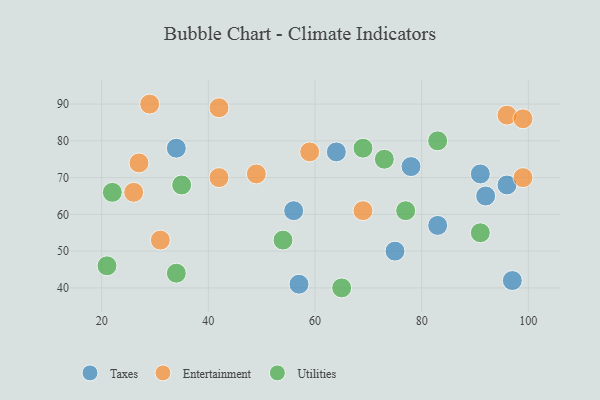
{"axis": {"x": "GDP", "y": "Life Expectancy"}, "legend": ["Entertainment", "Taxes", "Utilities"], "data": [{"x": "75", "y": 50, "type": "Taxes"}, {"x": "92", "y": 65, "type": "Taxes"}, {"x": "96", "y": 68, "type": "Taxes"}, {"x": "91", "y": 71, "type": "Taxes"}, {"x": "64", "y": 77, "type": "Taxes"}, {"x": "56", "y": 61, "type": "Taxes"}, {"x": "57", "y": 41, "type": "Taxes"}, {"x": "78", "y": 73, "type": "Taxes"}, {"x": "34", "y": 78, "type": "Taxes"}, {"x": "83", "y": 57, "type": "Taxes"}, {"x": "97", "y": 42, "type": "Taxes"}, {"x": "26", "y": 66, "type": "Entertainment"}, {"x": "96", "y": 87, "type": "Entertainment"}, {"x": "99", "y": 86, "type": "Entertainment"}, {"x": "59", "y": 77, "type": "Entertainment"}, {"x": "99", "y": 70, "type": "Entertainment"}, {"x": "42", "y": 89, "type": "Entertainment"}, {"x": "69", "y": 61, "type": "Entertainment"}, {"x": "49", "y": 71, "type": "Entertainment"}, {"x": "27", "y": 74, "type": "Entertainment"}, {"x": "31", "y": 53, "type": "Entertainment"}, {"x": "29", "y": 90, "type": "Entertainment"}, {"x": "42", "y": 70, "type": "Entertainment"}, {"x": "77", "y": 61, "type": "Utilities"}, {"x": "34", "y": 44, "type": "Utilities"}, {"x": "22", "y": 66, "type": "Utilities"}, {"x": "35", "y": 68, "type": "Utilities"}, {"x": "73", "y": 75, "type": "Utilities"}, {"x": "21", "y": 46, "type": "Utilities"}, {"x": "83", "y": 80, "type": "Utilities"}, {"x": "65", "y": 40, "type": "Utilities"}, {"x": "91", "y": 55, "type": "Utilities"}, {"x": "69", "y": 78, "type": "Utilities"}, {"x": "54", "y": 53, "type": "Utilities"}]}